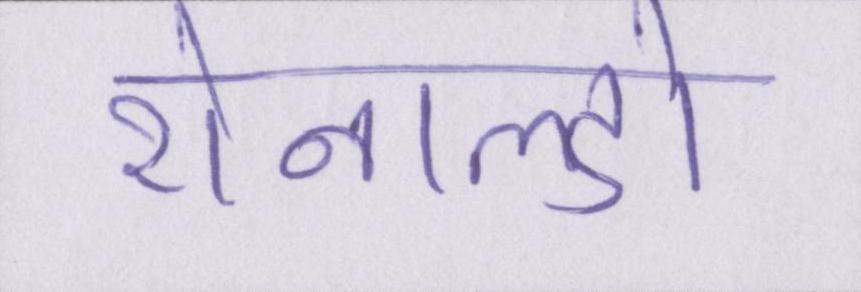
रोनाल्डो